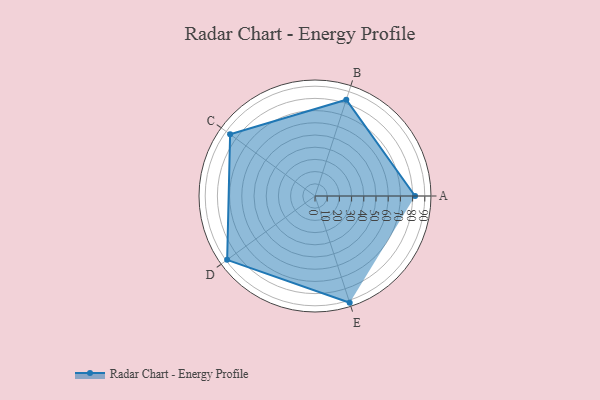
{"axis": {"x": "Skill", "y": "Score"}, "legend": ["Profile"], "data": [{"x": "A", "y": 82.0, "type": "Profile"}, {"x": "B", "y": 83.0, "type": "Profile"}, {"x": "C", "y": 86.0, "type": "Profile"}, {"x": "D", "y": 89.0, "type": "Profile"}, {"x": "E", "y": 92.0, "type": "Profile"}]}